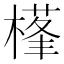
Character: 樥